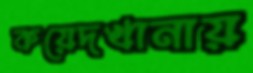
কয়েদখানায়